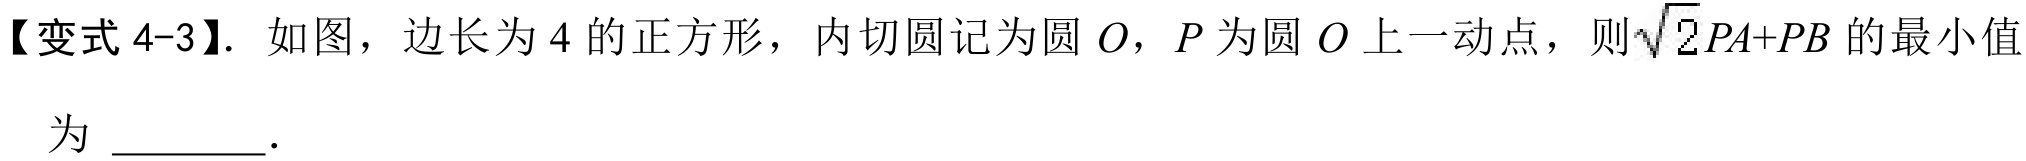
【变式4-3】. 如图，边长为4的正方形，内切圆记为圆\(O\)，\(P\)为圆\(O\)上一动点，则\(\sqrt{2}PA + PB\)的最小值为 \_\_\_\_\_。